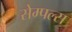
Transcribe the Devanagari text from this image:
सेम्पल्स